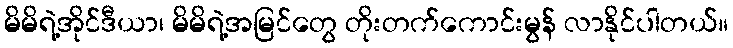
မိမိရဲ့အိုင်ဒီယာ၊ မိမိရဲ့အမြင်တွေ တိုးတက်ကောင်းမွန် လာနိုင်ပါတယ်။